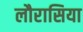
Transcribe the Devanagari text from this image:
लौरासिया